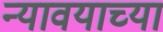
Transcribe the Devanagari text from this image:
न्यावयाच्या